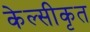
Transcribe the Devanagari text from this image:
केल्सीकृत